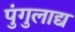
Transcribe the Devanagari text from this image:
पुंगुलाद्य